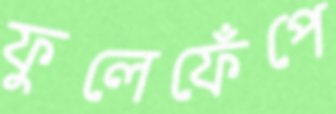
ফুলেফেঁপে